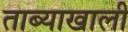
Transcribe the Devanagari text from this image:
ताब्याखाली